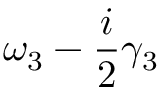
\omega _ { 3 } - \frac { i } { 2 } \gamma _ { 3 }